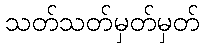
သတ်သတ်မှတ်မှတ်